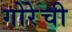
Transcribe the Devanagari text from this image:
गोरेची